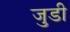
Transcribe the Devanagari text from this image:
जुडी